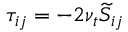
\tau _ { i j } = - 2 \nu _ { t } \widetilde { S } _ { i j }